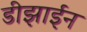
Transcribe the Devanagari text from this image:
डीझाईन